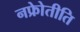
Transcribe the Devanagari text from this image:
नफ्रोेतीति